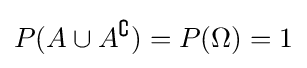
P(A\cup A^{\complement })=P(\Omega )=1